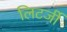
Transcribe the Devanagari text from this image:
लिटर्जी